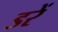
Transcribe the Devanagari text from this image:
डरें